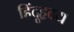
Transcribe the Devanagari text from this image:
हिंदूहृदय